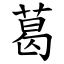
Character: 葛